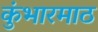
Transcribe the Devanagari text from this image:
कुंभारमाठ